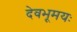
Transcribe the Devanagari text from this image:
देवभूमयः